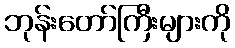
ဘုန်းတော်ကြီးများကို